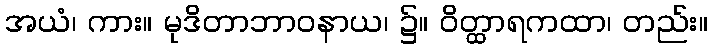
အယံ၊ ကား။ မုဒိတာဘာဝနာယ၊ ၌။ ဝိတ္ထာရကထာ၊ တည်း။